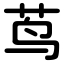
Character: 茑